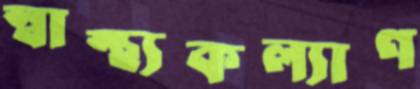
স্বাস্থ্যকল্যাণ